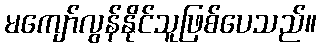
မကျော်လွန်နိုင်သူဖြစ်ပေသည်။